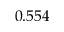
0 . 5 5 4